Report on vaccination North-West Frontier Province 1904-1922 - 1904-1922
Year: 1904
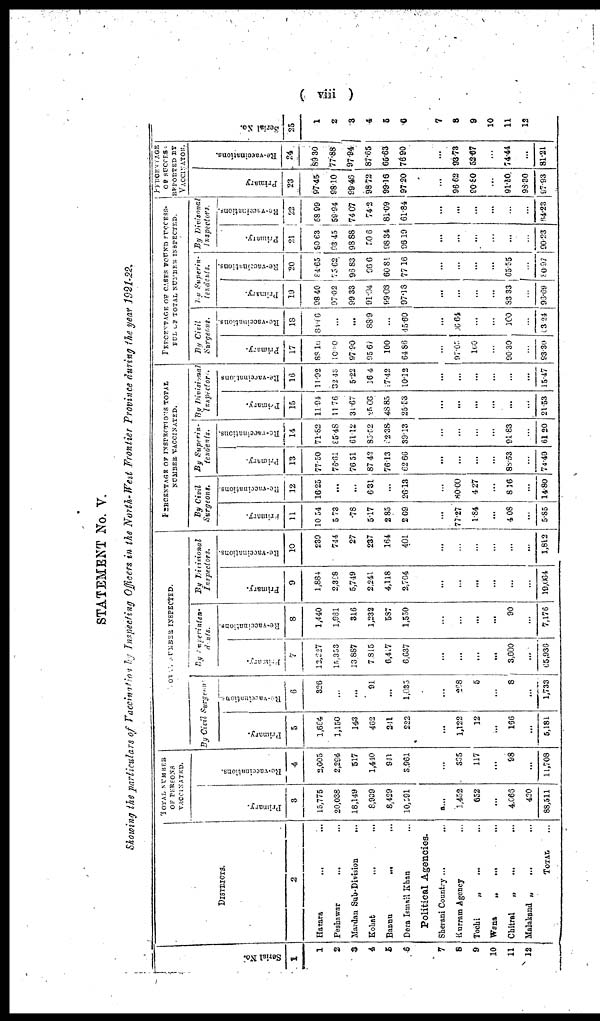
( viii )
STATEMENT No. V.
Showing the particulars of Vaccination by Inspecting Officers in the North-West Frontier Province during the year 1921-22.
Serial No.
1
1
2
3
4
5
6
7
8
9
10
11
12
DISTRICTS.
2
Hazara
...
...
Peshawar ... ...
Mardan Sub-Division
...
Kohat ... ...
Bannu
...
...
Dera Ismail Khan ...
Political Agencies.
Sherani Country
...
...
Kurram Agency ...
Tochi
„
...
Wana
„
...
Chitral
„
...
Malakand „
...
TOTAL ...
TOTAL NUMBER
OF PERSONS
VACCINATED.
Primary.
3
15,775
20,038
18,149
8,909
8,429
10,591
...
1,452
652
...
4,066
420
88,511
Re-vaccinations.
4
2,005
2,294
517
1,440
941
3,961
...
335
117
...
98
...
11,708
TOTAL NUMBER
INSPECTED.
By-Civil Surgeons.
Primary.
5
1,664
1,150
143
462
241
222
...
1,122
12
...
166
...
5,181
Re-vaccinations.
6
326
...
...
91
...
1,035
...
268
5
...
8
...
1,733
By Superinten-
dents.
Primary.
7
12,227
15,353
13,887
7,815
6,417
6,637
...
...
...
...
3,600
...
65,936
Re-vaccinations.
8
1,440
1,961
316
1,232
587
1,550
...
...
...
...
90
...
7,176
By Divisional
Inspectors.
Primary.
9
1,884
2,368
5,749
2,241
4,118
2,704
...
...
...
...
...
...
19,064
Re-Vaccinations.
10
239
744
27
237
164
401
...
...
...
...
...
...
1,812
PERCENTAGE OF INSPECTIONS TOTAL
NUMBER VACCINATED.
By Civil
Surgeons.
Primary.
11
10.54
5.73
.78
5.17
2.85
2.09
...
77.27
1.84
...
4.08
...
5.85
Re-vaccinations
12
16.25
...
...
6.31
...
26.13
...
80.00
4.27
...
8.16
...
14.80
By Superin-
tendents.
Primary.
13
77.50
76.61
76.51
87.42
76.13
62.66
...
...
...
...
88.53
...
74.49
Re-vaccinations.
14
71.82
95.48
61.12
85.52
82.38
39.13
...
...
...
...
91.83
...
61.20
By Divisional
Inspectors.
Primary.
15
11.94
11.76
31.67
25.06
48.85
25.53
...
...
...
...
...
...
21.53
Re-vaccinations
16
11.92
32.43
5.22
16.4
17.42
10.12
...
...
...
...
...
...
15.47
PERCENTAGE OF CASES FOUND SUCCESS-
FUL OF TOTAL NUMBER INSPECTED.
By Civil
Surgeons.
Primary.
17
88.10
100.0
97.90
95.67
100
64.86
...
97.05
100
...
90.30
...
93.30
Re-vaccinations
18
84.66
...
...
88.9
...
45.60
...
06.64
...
...
100
...
03.24
By Superin-
tendents.
Primary.
19
98.40
97.02
99.33
91.04
99.03
97.18
...
...
...
...
83.33
...
96.69
Re-vaccinations.
20
84.65
75.62
96.83
96.6
60.81
77.16
...
...
...
...
65.55
...
80.97
By Divisonal
Inspectors.
Primary.
21
80.63
93.45
98.88
50.6
98.34
96.19
...
...
...
...
...
...
90.23
Re-vaccinations.
22
58.99
59.94
74.07
74.2
81.09
61.84
...
...
...
...
...
...
64.23
PERCENTAGE
OF SUCCESS
REPORTED BY
VACCINATION.
Primary
23
97.45
98.10
99.46
98.72
99.16
97.20
...
96.62
90.80
...
91.50
98.30
97.93
Re-vaccinations.
24
89.30
77.88
97.94
87.65
65.63
76.90
...
93.73
52.67
...
74.44
...
81.21
Serial No.
25
1
2
3
4
5
6
7
8
9
10
11
12